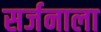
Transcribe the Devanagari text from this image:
सर्जनाला